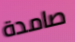
صامدة